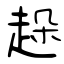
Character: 趓